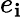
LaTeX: e_{\mathbf{i}}